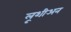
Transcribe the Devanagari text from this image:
लूशीअन